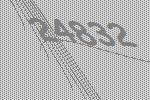
24832